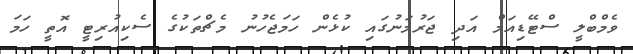
ވެމްބްލީ ސްޓޭޑިއަމް އަދި ޖަރުމަނުގައި ކުޅެން ހަމަޖެހުނު މެޗްތަކުގެ ސެކިއުރިޓީ އޮތީ ހަމަ